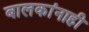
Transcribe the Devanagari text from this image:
बालकांनाही